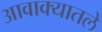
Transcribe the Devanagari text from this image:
आवाक्यातले